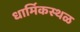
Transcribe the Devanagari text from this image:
धार्मिकस्थळ